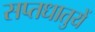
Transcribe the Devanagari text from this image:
सप्‍तधातुयें